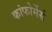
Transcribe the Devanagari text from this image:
कांफोर्मेर्स